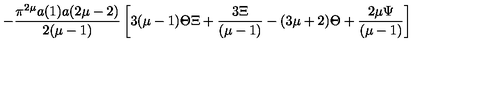
- \frac { \pi ^ { 2 \mu } a ( 1 ) a ( 2 \mu - 2 ) } { 2 ( \mu - 1 ) } \left[ 3 ( \mu - 1 ) \Theta \Xi + \frac { 3 \Xi } { ( \mu - 1 ) } - ( 3 \mu + 2 ) \Theta + \frac { 2 \mu \Psi } { ( \mu - 1 ) } \right]